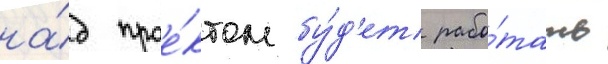
на́д прое́ктом бу́д'ет рабо́тать